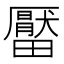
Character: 𤳪